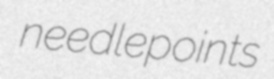
needlepoints